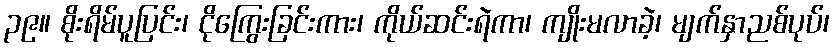
၃၉။ စိုးရိမ်ပူပြင်း၊ ငိုကြွေးခြင်းကား၊ ကိုယ်ဆင်းရဲကာ၊ ကျိုးမလာခဲ့၊ မျက်နှာညစ်ပုပ်၊